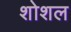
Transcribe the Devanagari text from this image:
शोशल